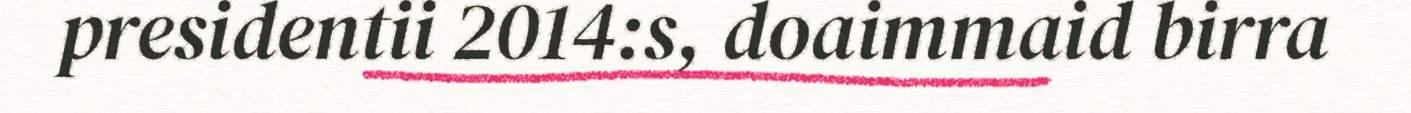
presidentii 2014:s, doaimmaid birra